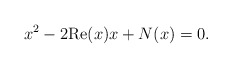
\begin{align*} x^2 - 2\mathrm{Re}(x) x + N(x) = 0.\end{align*}